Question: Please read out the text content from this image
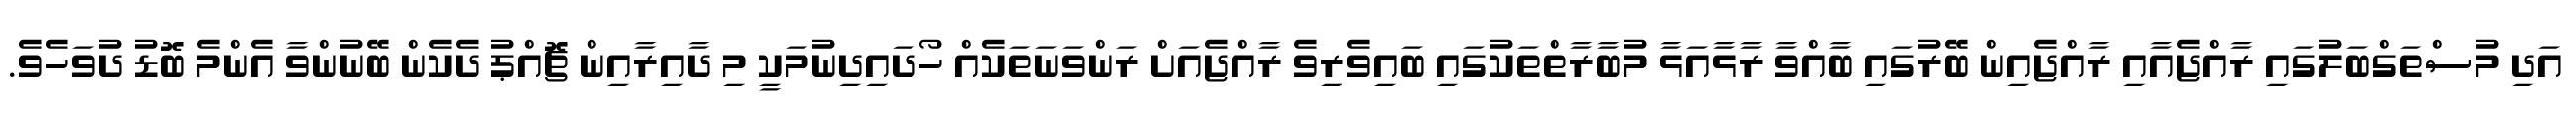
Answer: އަދި މުސްތަގްބަލުގައި ރާއްޖެއާއި ރާއްޖެއިން ބޭރުގައި ބާއްވާ ރާޅާއަޅާ މުބާރާތްތަކުގައި ބައިވެރިވެ ރާއްޖެއަށް ރަންވަނަތަކެއް ހޯދައިދިނުމަކީ މި ދާއިރާއިން ޗޮއްޕު ދެކެން ބޭނުންވާ އެންމެ ބޮޑު ދުވަހެވެ.